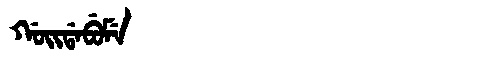
Manchu: ᡤᠣᡳᡩᠠᠪᡠᠮᡝ
Romanization: GOIDABUME